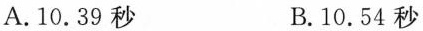
A.10.39秒 B.10.54秒